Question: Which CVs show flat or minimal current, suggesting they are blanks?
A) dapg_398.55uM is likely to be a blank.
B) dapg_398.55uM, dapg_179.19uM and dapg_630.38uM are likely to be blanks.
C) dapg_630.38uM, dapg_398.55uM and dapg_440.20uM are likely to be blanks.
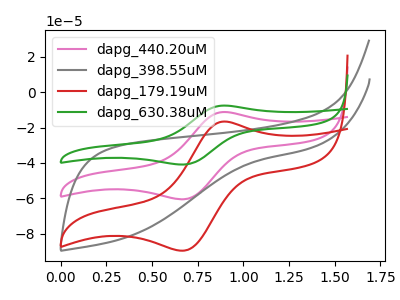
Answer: <think>The pink curve "dapg_440.20uM" has an anodic peak at (0.90V, -11.25uA) and a cathodic peak at (0.70V, -60.60uA). The gray curve "dapg_398.55uM" has no peaks. The red curve "dapg_179.19uM" has an anodic peak at (0.90V, -16.65uA) and a cathodic peak at (0.70V, -89.65uA). The green curve "dapg_630.38uM" has an anodic peak at (0.90V, -22.50uA) and a cathodic peak at (0.70V, -121.15uA).</think>
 <answer>A) "dapg_398.55uM" is likely to be a blank.</answer>
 <eval>A</eval>